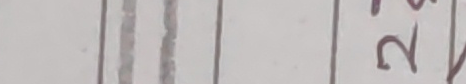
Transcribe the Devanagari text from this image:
२७